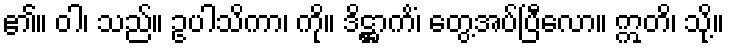
၏။ ဝါ၊ သည်။ ဥပါသိကာ၊ ကို။ ဒိဋ္ဌာကိံ၊ တွေ့အပ်ပြီလော။ ဣတိ၊ သို့။